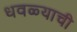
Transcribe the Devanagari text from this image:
धवळ्याची